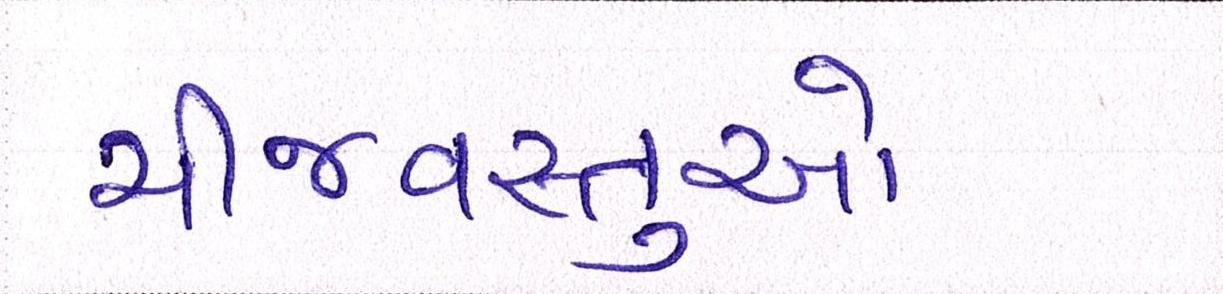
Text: ચીજવસ્તુઓ